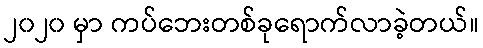
၂၀၂၀ မှာ ကပ်ဘေးတစ်ခုရောက်လာခဲ့တယ်။